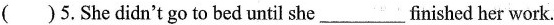
( )5.She didn't go to bed until she__finished her work.